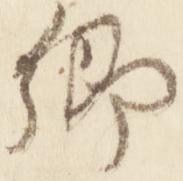
卿